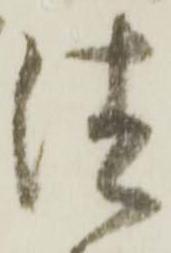
法